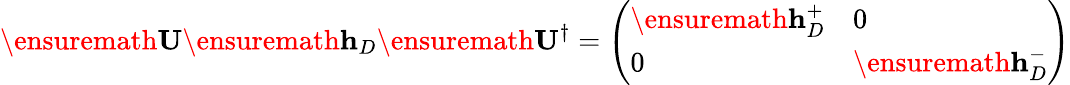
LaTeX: \ensuremath{\mathbf{U}}\ensuremath{\mathbf{h}}_{D}\ensuremath{\mathbf{U}}^{\dagger}=\left(\begin{array}{ll}{\ensuremath{\mathbf{h}}_{D}^{+}}&{0}\\ {0}&{\ensuremath{\mathbf{h}}_{D}^{-}}\end{array}\right)